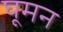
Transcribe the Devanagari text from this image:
घूमन